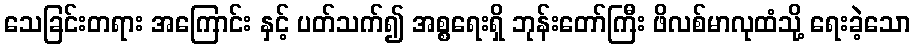
သေခြင်းတရား အကြောင်း နှင့် ပတ်သက်၍ အစ္စရေးရှိ ဘုန်းတော်ကြီး ဖိလစ်မာလုထံသို့ ရေးခဲ့သော